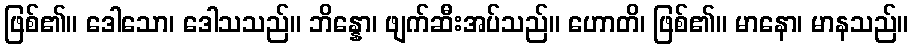
ဖြစ်၏။ ဒေါသော၊ ဒေါသသည်။ ဘိန္နော၊ ဖျက်ဆီးအပ်သည်။ ဟောတိ၊ ဖြစ်၏။ မာနော၊ မာနသည်။